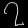
Digit: ၇